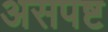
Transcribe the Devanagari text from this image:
असपष्ट